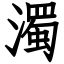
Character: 濁